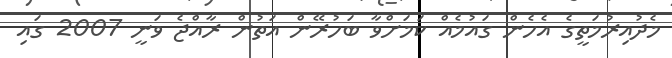
މެދުއިރުމަތީގެ އެހެން ގައުމެއް ކަމަށްވާ ބަހުރޭން އަތުން ރާއްޖެ ވަނީ 2007 ގައި